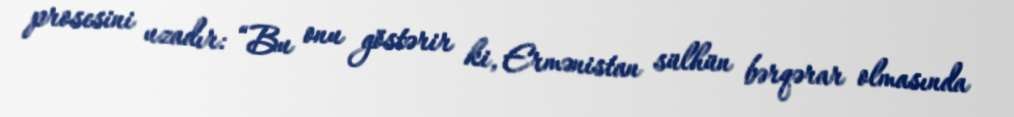
prosesini uzadır: “Bu onu göstərir ki, Ermənistan sülhün bərqərar olmasında